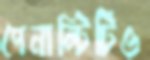
পেনাল্টিটিও